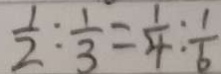
\frac { 1 } { 2 } : \frac { 1 } { 3 } = \frac { 1 } { 4 } : \frac { 1 } { 6 }